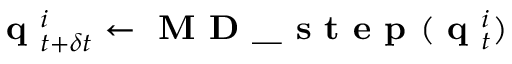
\textbf { q } _ { t + \delta t } ^ { i } \leftarrow \textbf { M D \_ s t e p } ( \textbf { q } _ { t } ^ { i } )